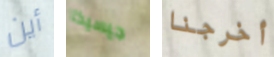
أين جيسيكا أخرجنا